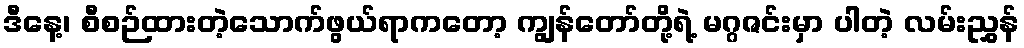
ဒီနေ့၊ စီစဉ်ထားတဲ့သောက်ဖွယ်ရာကတော့ ကျွန်တော်တို့ရဲ့ မဂ္ဂဇင်းမှာ ပါတဲ့ လမ်းညွှန်